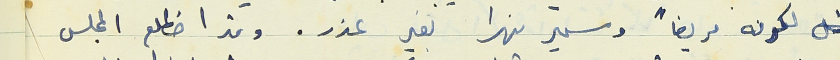
لكونه مريضاً وسمير نهرا بغير عذر. وقد اضطلع المجلس